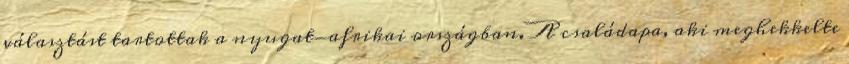
választást tartottak a nyugat-afrikai országban. A családapa, aki meghekkelte